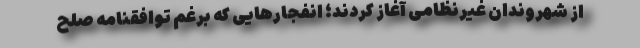
از شهروندان غیرنظامی آغاز کردند؛ انفجارهایی که برغم توافقنامه صلح